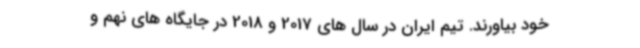
خود بیاورند. تیم ایران در سال های 2017 و 2018 در جایگاه های نهم و